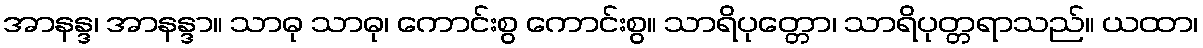
အာနန္ဒ၊ အာနန္ဒာ။ သာဓု သာဓု၊ ကောင်းစွ ကောင်းစွ။ သာရိပုတ္တော၊ သာရိပုတ္တရာသည်။ ယထာ၊